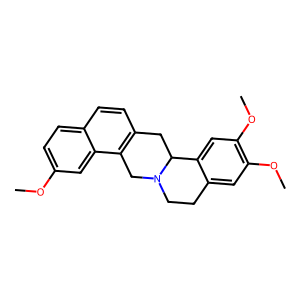
SMILES: COc1ccc2ccc3c(c2c1)CN1CCc2cc(OC)c(OC)cc2C1C3
Inhibits HIV replication: No